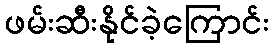
ဖမ်းဆီးနိုင်ခဲ့ကြောင်း